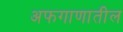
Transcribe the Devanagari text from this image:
अफगाणातील